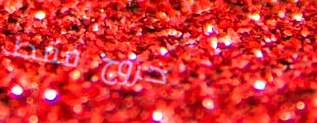
خروج فقط